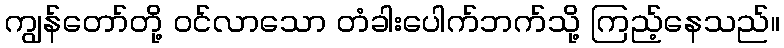
ကျွန်တော်တို့ ဝင်လာသော တံခါးပေါက်ဘက်သို့ ကြည့်နေသည်။